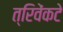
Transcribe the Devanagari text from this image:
त्रिवेंकटे